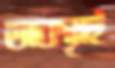
অবস্থাই